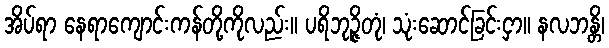
အိပ်ရာ နေရာကျောင်းကန်တို့ကိုလည်း။ ပရိဘုဉ္ဇိတုံ၊ သုံးဆောင်ခြင်းငှာ။ နလဘန္တိ၊